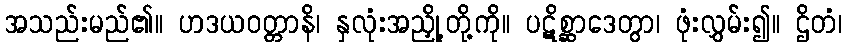
အသည်းမည်၏။ ဟဒယဝတ္တာနိ၊ နှလုံးအညှို့တို့ကို။ ပဋိစ္ဆာဒေတွာ၊ ဖုံးလွှမ်း၍။ ဌိတံ၊